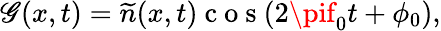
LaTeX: \mathscr{G}(x,t)=\widetilde{{n}}(x,t)\mathrm{{~c~o~s~}}(2\pif_{0}t+\phi_{0}),